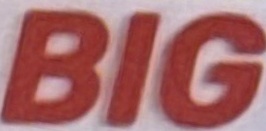
BIG